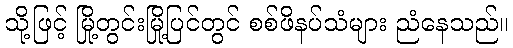
သို့ဖြင့် မြို့တွင်းမြို့ပြင်တွင် စစ်ဖိနပ်သံများ ညံနေသည်။